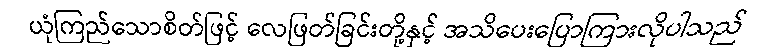
ယုံကြည်သောစိတ်ဖြင့် လေဖြတ်ခြင်းတို့နှင့် အသိပေးပြောကြားလိုပါသည်